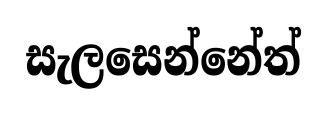
සැලසෙන්නේත්